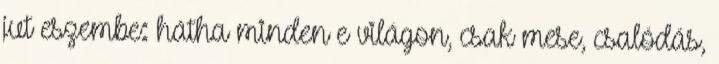
jut eszembe: hátha minden e világon, csak mese, csalódás,